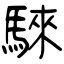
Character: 騋